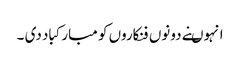
انہوںنے دونوں فنکاروں کو مبارکباد دی ۔